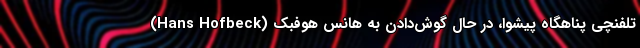
تلفنچی پناهگاه پیشوا، در حال گوش‌دادن به هانس هوفبِک (Hans Hofbeck)